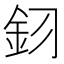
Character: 𮡦